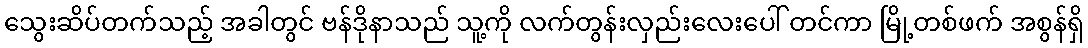
သွေးဆိပ်တက်သည့် အခါတွင် ဗန်ဒိုနာသည် သူ့ကို လက်တွန်းလှည်းလေးပေါ် တင်ကာ မြို့တစ်ဖက် အစွန်ရှိ